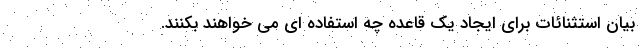
بیان استثنائات برای ایجاد یک قاعده چه استفاده ای می خواهند بکنند.